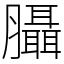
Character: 𦣀